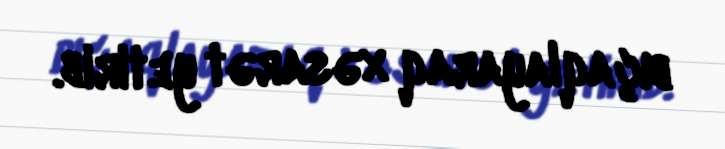
bıçaqlayaraq xəsarət yetirib.